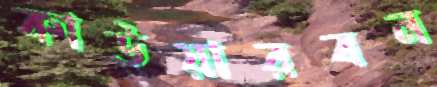
কাউয়ারবন